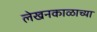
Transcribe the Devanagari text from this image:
लेखनकाळाच्या